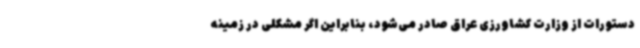
دستورات از وزارت کشاورزی عراق صادر می‌شود، بنابراین اگر مشکلی در زمینه